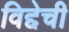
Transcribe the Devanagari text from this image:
विद्देची